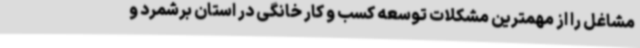
مشاغل را از مهمترین مشکلات توسعه کسب و کار خانگی در استان برشمرد و